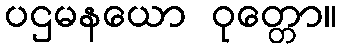
ပဌမနယော ဝုတ္တော။